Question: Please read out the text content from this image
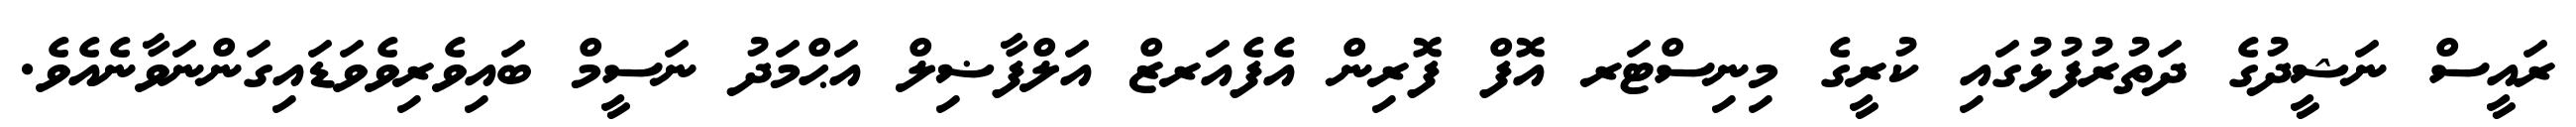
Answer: ރައީސް ނަޝީދުގެ ދަތުރުފުޅުގައި ކުރީގެ މިނިސްޓަރ އޮފް ފޮރިން އެފެއަރޒް އަލްފާޟިލް އަޙްމަދު ނަސީމް ބައިވެރިވެވަޑައިގަންނަވާނެއެވެ.